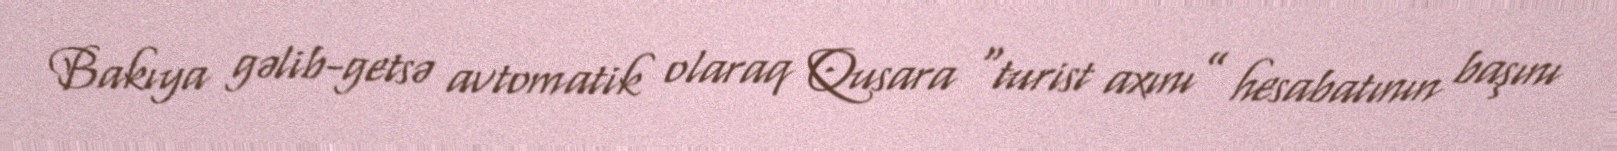
Bakıya gəlib-getsə avtomatik olaraq Qusara “turist axını” hesabatının başını